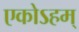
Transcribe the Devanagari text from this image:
एकोऽहम्